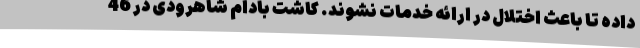
داده تا باعث اختلال در ارائه خدمات نشوند. کاشت بادام شاهرودی در 46